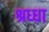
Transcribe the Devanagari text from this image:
श्रध्धा